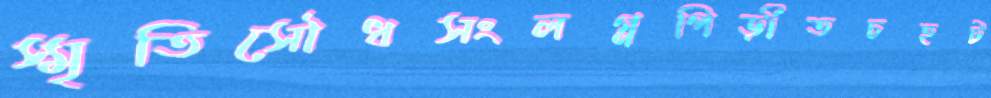
স্মৃতিসৌধসংলগ্নপিড়ীতচহট